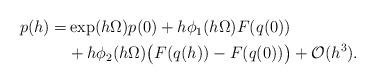
LaTeX: \begin{align*} \begin{aligned}p(h) =& \exp(h\Omega) p(0) + h \phi_1(h \Omega) F(q(0)) \\ &+ h \phi_2(h \Omega) \big( F(q(h)) - F(q(0)) \big) + \mathcal{O}(h^3).\end{aligned}\end{align*}